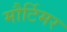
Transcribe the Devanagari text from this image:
मौर्टिमर